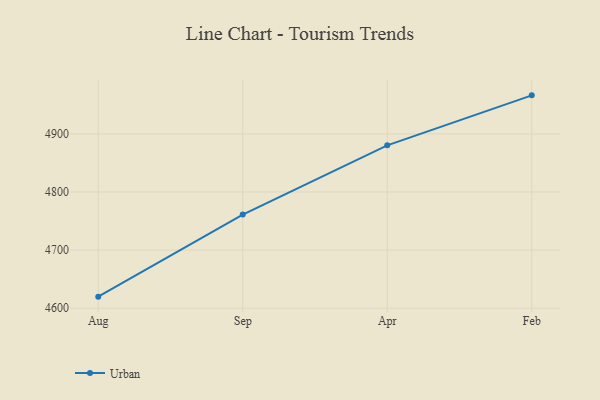
{"axis": {"x": "Month", "y": "Shipments"}, "legend": ["Urban"], "data": [{"x": "Aug", "y": 4619.8, "type": "Urban"}, {"x": "Sep", "y": 4761.1, "type": "Urban"}, {"x": "Apr", "y": 4880.3, "type": "Urban"}, {"x": "Feb", "y": 4966.4, "type": "Urban"}]}